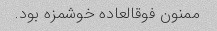
ممنون فوقالعاده خوشمزه بود.